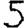
Digit: 5